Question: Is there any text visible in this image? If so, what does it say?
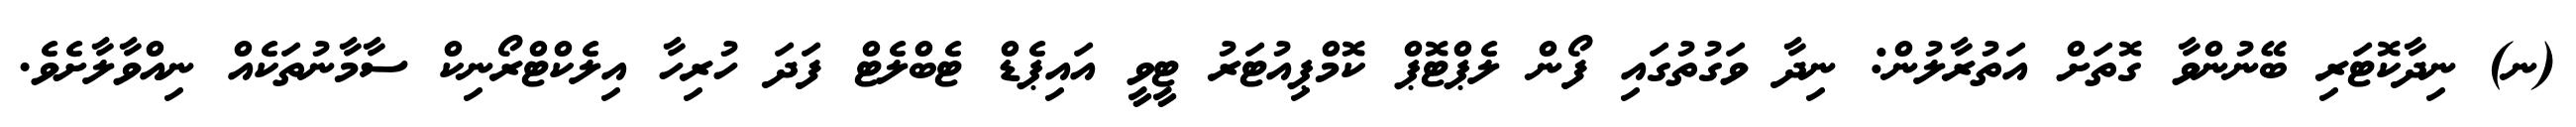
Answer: (ނ) ނިދާކޮޓަރި ބޭނުންވާ ގޮތަށް އަތުރާލުން: ނިދާ ވަގުތުގައި ފޯން ލެޕްޓޮޕް ކޮމްޕިއުޓަރު ޓީވީ އައިޕެޑް ޓެބްލެޓް ފަދަ ހުރިހާ އިލެކްޓްރޯނިކް ސާމާނުތަކެއް ނިއްވާލާށެވެ.